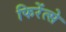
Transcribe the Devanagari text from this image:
फिरेंत्से